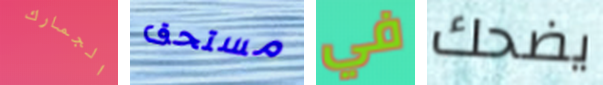
الجمارك مستحق في يضحك